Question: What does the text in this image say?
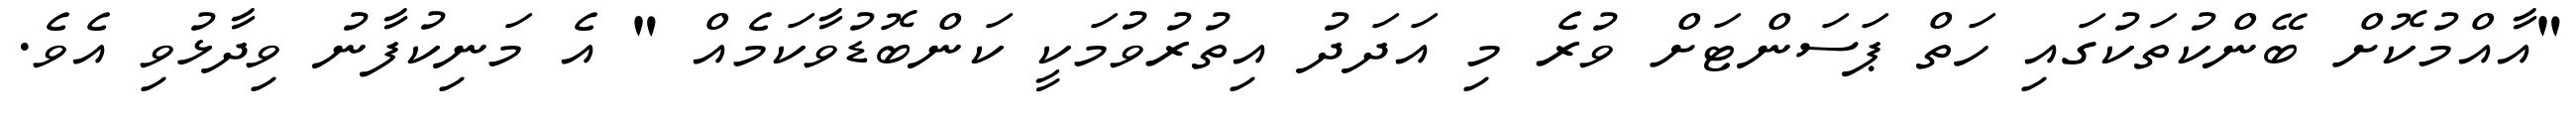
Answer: "އާއްމުކޮށް ބޭންކުތަކުގައި ހަތް ޕަސަންޓަށް ވުރެ މި އަދަދު އިތުރުވުމަކީ ކަންބޮޑުވާކަމެއް " އެ މަނިކުފާނު ވިދާޅުވި އެވެ.